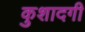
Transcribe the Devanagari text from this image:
कुशादगी